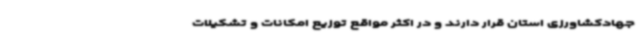
جهادکشاورزی استان قرار دارند و در اکثر مواقع توزیع امکانات و تشکیلات